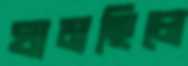
ঘামছিলে